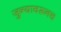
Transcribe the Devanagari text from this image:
जुन्यावरूनच